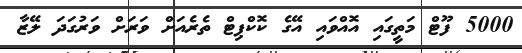
5000 ފޫޓް މަތީގައި އޮއްވައި އޭގެ ކޮކްޕިޓް ތެރެއަށް ވަރަށް ވަރުގަދަ ލޭޒާ